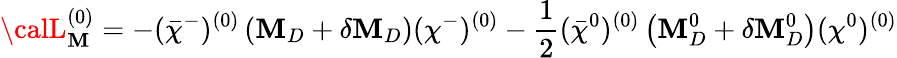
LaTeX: {\calL}_{\mathbf{M}}^{(0)}=-(\bar{{\chi}}^{-})^{(0)}\left(\mathbf{M}_{D}+\delta\mathbf{M}_{D}\right)(\chi^{-})^{(0)}-\frac{{1}}{{2}}(\bar{{\chi}}^{0})^{(0)}\left(\mathbf{M}_{D}^{0}+\delta\mathbf{M}_{D}^{0}\right)(\chi^{0})^{(0)}